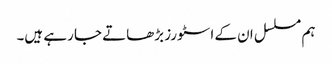
ہم مسلسل ان کے اسٹورز بڑھاتے جا رہے ہیں۔